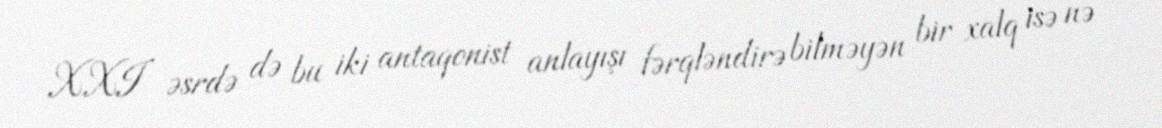
XXI əsrdə də bu iki antaqonist anlayışı fərqləndirə bilməyən bir xalq isə nə